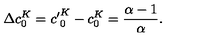
\Delta c _ { 0 } ^ { K } = { c ^ { \prime } } _ { 0 } ^ { K } - c _ { 0 } ^ { K } = \frac { \alpha - 1 } { \alpha } .